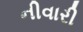
નીવારી